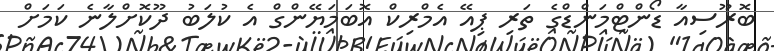
ބޮރޫސިއާ ޑޯންޓްމަންޑްގެ ތަރި ޕިއޭ އެމްރިކް އޮބަމަޔޭންގް އެ ކުލަބު ދޫކޮށްލާނެ ކަމަށް